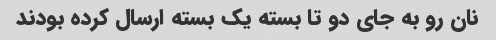
نان رو به جای دو تا بسته یک بسته ارسال کرده بودند